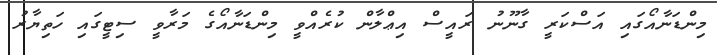
މިންޑަނާއޯގައި އަސްކަރީ ގާނޫނު ރައީސް އިޢްލާން ކުރެއްވީ މިންޑަނާއޯގެ މަރާވީ ސިޓީގައި ހަތިޔާރު